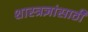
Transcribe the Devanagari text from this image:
शास्त्रज्ञांसाठी